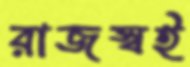
রাজস্বই